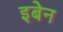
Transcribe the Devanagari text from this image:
इबेन